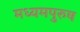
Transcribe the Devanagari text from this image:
मध्‍यमपुरुष